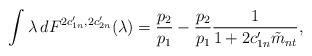
\begin{align*} \int\lambda \,dF^{2c_{1n}',2c_{2n}'}(\lambda)=\frac{p_2}{p_1}-\frac{p_2}{p_1}\frac{1}{1+2c_{1n}'\tilde{m}_{nt}},\end{align*}